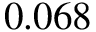
0 . 0 6 8